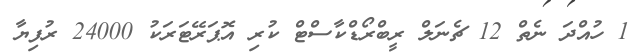
1 ހުއްދަ ނެތް 12 ޗެނަލް ރީބްރޯޑްކާސްޓް ކުރި އޮޕަރޭޓަރަކު 24000 ރުފިޔާ